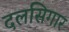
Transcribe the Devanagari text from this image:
दलसिगार